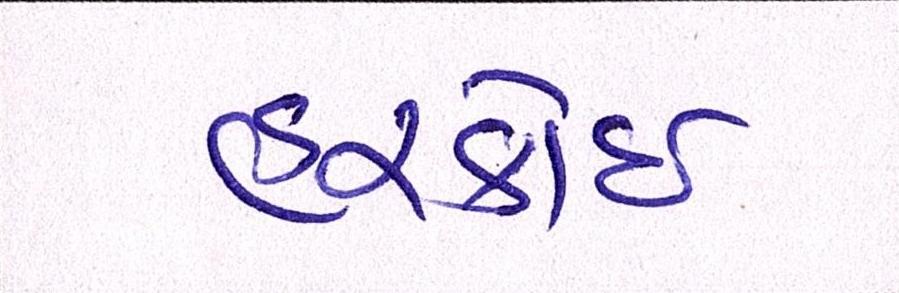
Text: હરકોઈ